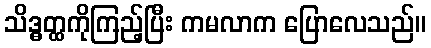
သိဒ္ဓတ္ထကိုကြည့်ပြီး ကမလာက ပြောလေသည်။